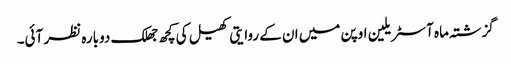
گزشتہ ماہ آسٹریلین اوپن میں ان کے روایتی کھیل کی کچھ جھلک دوبارہ نظر آئی۔